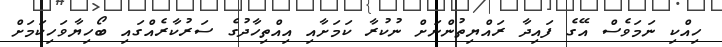
ހިއްކި ނަމަވެސް އޭގެ ފައިދާ ރައްޔިތުންނަށް ނުކުރާ ކަމަށާއި އިއްތިހާދުގެ ސަރުކާރެއްގައި ބޯހިޔާވަހިކަމަށް